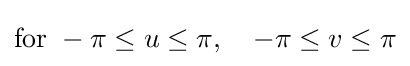
{\text{for }}-\pi \leq u\leq \pi ,\quad -\pi \leq v\leq \pi